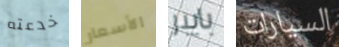
خدعته الأسعار بايبر السيارات